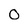
Character: 0